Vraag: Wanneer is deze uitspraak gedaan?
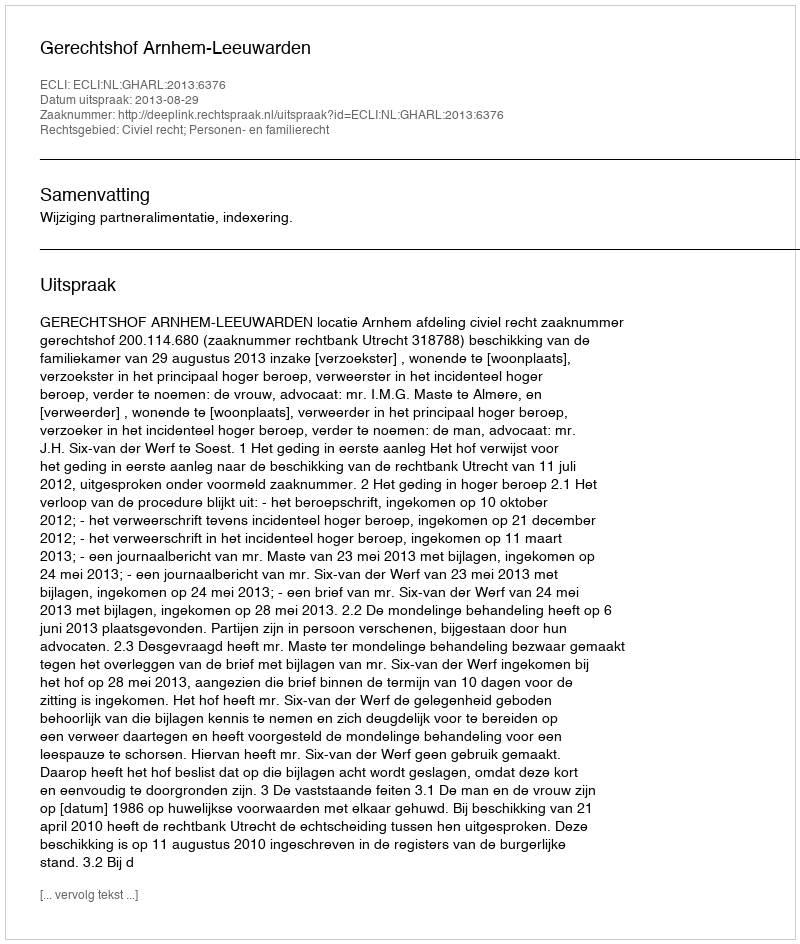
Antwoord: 2013-08-29